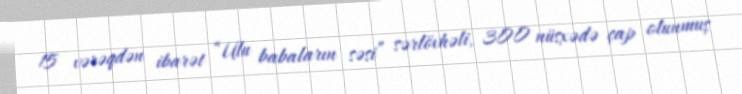
15 vərəqdən ibarət “Ulu babaların səsi” sərlövhəli, 300 nüsxədə çap olunmuş